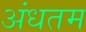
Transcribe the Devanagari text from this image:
अंधतम